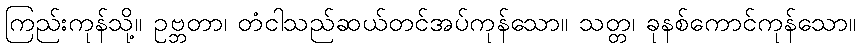
ကြည်းကုန်သို့။ ဥဗ္ဘတာ၊ တံငါသည်ဆယ်တင်အပ်ကုန်သော။ သတ္တ၊ ခုနစ်ကောင်ကုန်သော။